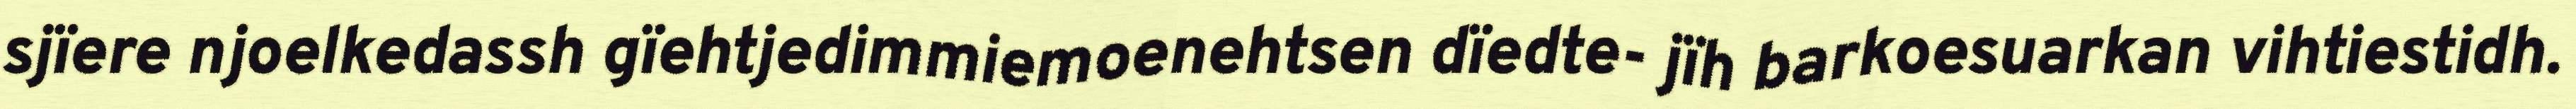
sjïere njoelkedassh gïehtjedimmiemoenehtsen dïedte- jïh barkoesuarkan vihtiestidh.